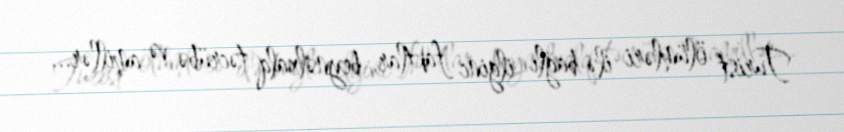
Turist ölümləri ilə bağlı ilginc faktlar, beynəlxalq təcrübə və amillər...